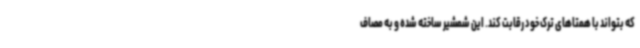
که بتواند با همتاهای ترک خود رقابت کند. این شمشیر ساخته شده و به مصاف